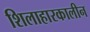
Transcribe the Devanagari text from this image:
शिलाहारकालीन